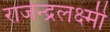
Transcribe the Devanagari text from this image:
राजेन्द्रलक्ष्मी